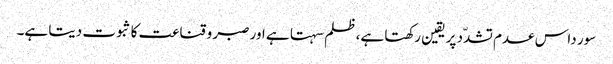
سور داس عدم تشدّد پر یقین رکھتا ہے، ظلم سہتا ہے اور صبر و قناعت کا ثبوت دیتا ہے۔